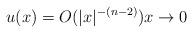
LaTeX: \begin{align*} u(x)=O(|x|^{-(n-2)}) x\to0 \end{align*}